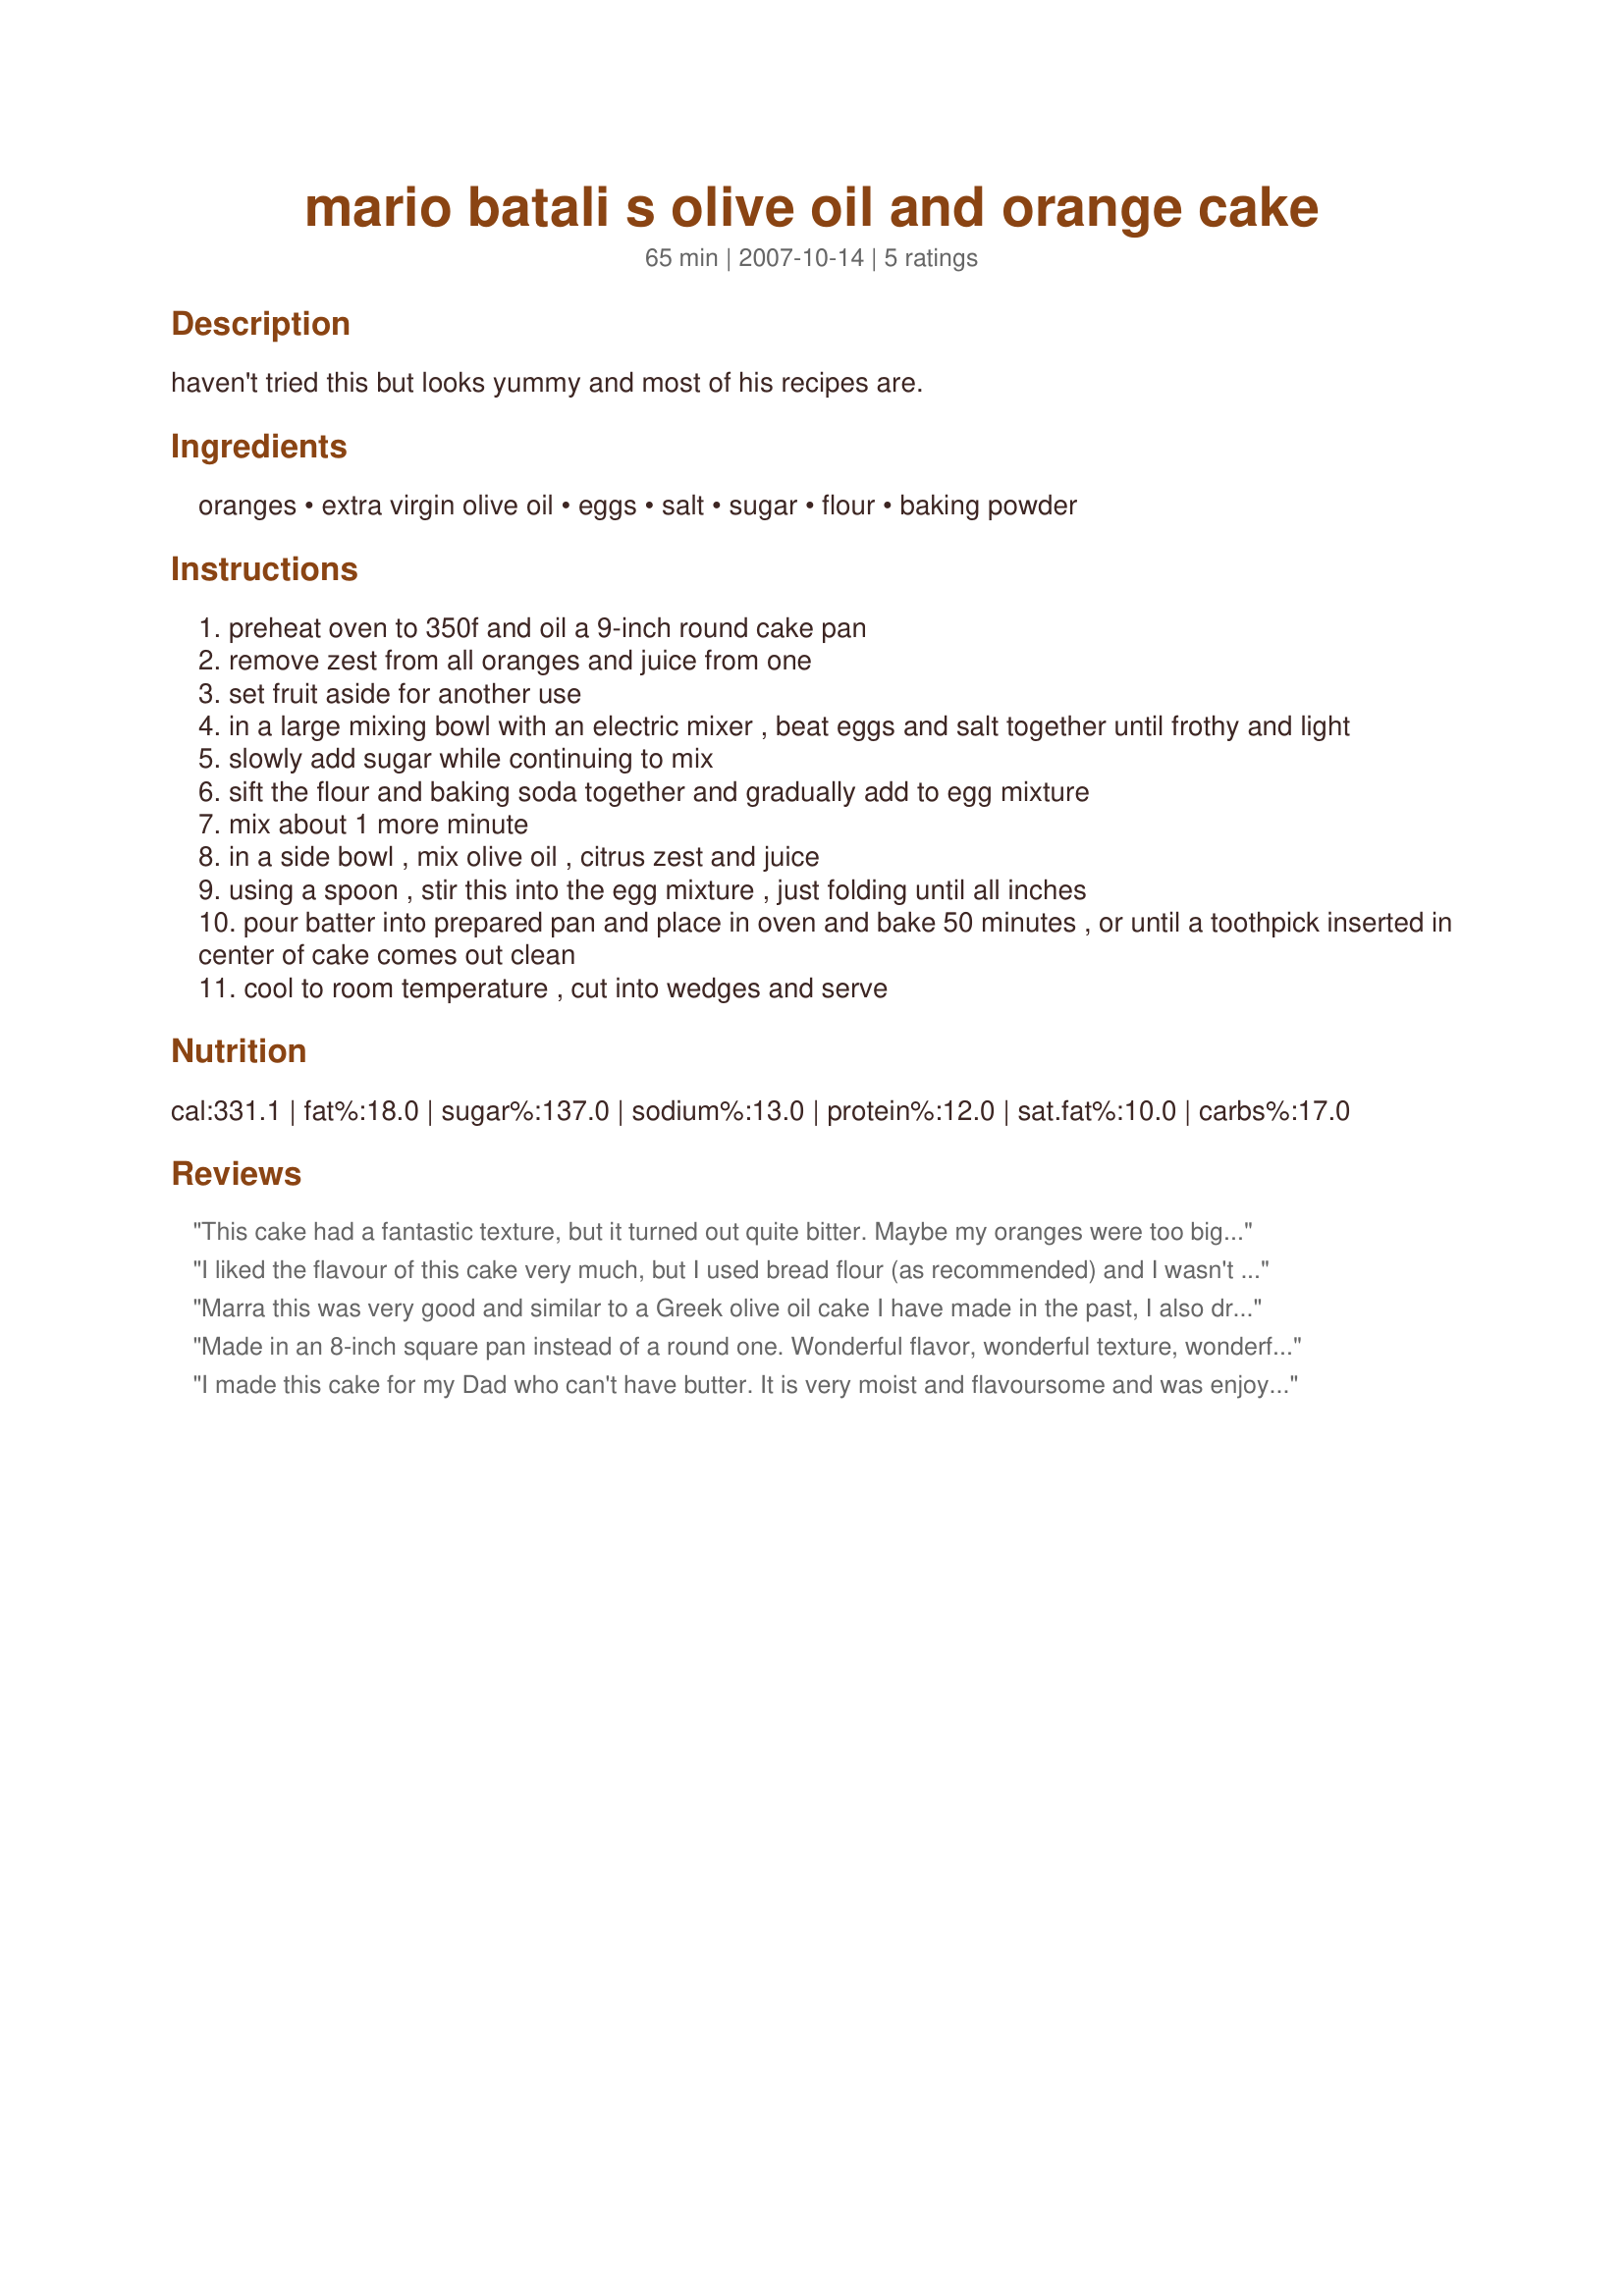
mario batali s olive oil and orange cake
Preparation time: 65 minutes

haven't tried this but looks yummy and most of his recipes are.

Ingredients:
oranges, extra virgin olive oil, eggs, salt, sugar, flour, baking powder

Steps:
preheat oven to 350f and oil a 9-inch round cake pan
remove zest from all oranges and juice from one
set fruit aside for another use
in a large mixing bowl with an electric mixer , beat eggs and salt together until frothy and light
slowly add sugar while continuing to mix
sift the flour and baking soda together and gradually add to egg mixture
mix about 1 more minute
in a side bowl , mix olive oil , citrus zest and juice
using a spoon , stir this into the egg mixture , just folding until all inches
pour batter into prepared pan and place in oven and bake 50 minutes , or until a toothpick inserted in center of cake comes out clean
cool to room temperature , cut into wedges and serve

Reviews:
This cake had a fantastic texture, but it turned out quite bitter. Maybe my oranges were too big, but we thought it would have been nicer with a bit less zest. Moist and flavourful though! Thanks MarraMamba!
I liked the flavour of this cake very much, but I used bread flour (as recommended) and I wasn't too thrilled with the texture. A little too dense. Next time I will use ordinary cake flour and I'm sure that it will be perfect. Thanks for sharing!
Marra this was very good and similar to a Greek olive oil cake I have made in the past, I also drizzled and orange glaze on top of the cooled cake, thanks for sharing hon!....Kitten:)
Made in an 8-inch square pan instead of a round one. Wonderful flavor, wonderful texture, wonderful moistness. Perfecto!
I made this cake for my Dad who can't have butter. It is very moist and flavoursome and was enjoyed by all. Wasn't bitter but very orangy... maybe this hides the taste of the olive oil, which could otherwise be a little strong. Will make again.
